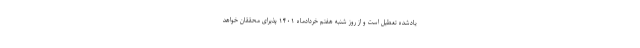
یادشده تعطیل است و از روز شنبه هفتم خردادماه ۱۴۰۱ پذیرای محققان خواهد